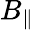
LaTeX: B_{\parallel}